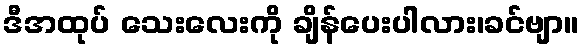
ဒီအထုပ် သေးလေးကို ချိန်ပေးပါလား၊ခင်ဗျာ။